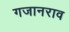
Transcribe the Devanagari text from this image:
गजानराव